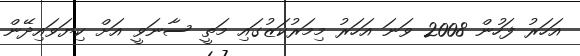
އަހަރު ފަހުން 2008 ވަނަ އަހަރު މިމަރުކަޒުގައި މަތީ ސާނަވީ އަށް ކިޔަވައިދޭން